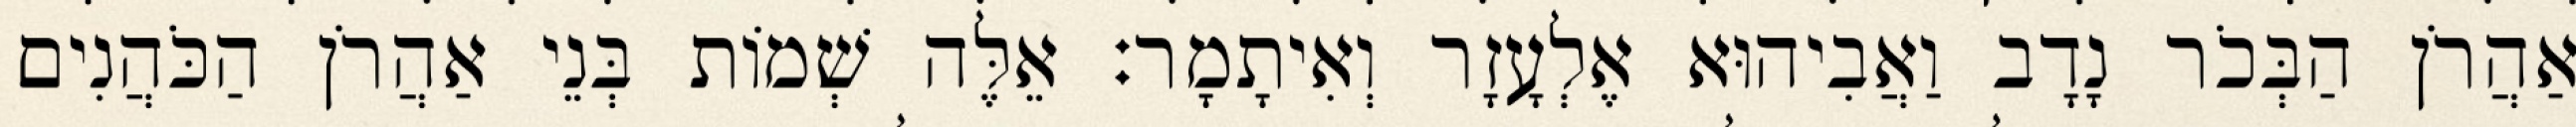
אַהֲרֹן הַבְּכֹר נָדָב וַאֲבִיהוּא אֶלְעָזָר וְאִיתָמָר׃ אֵלֶּה שְׁמוֹת בְּנֵי אַהֲרֹן הַכֹּהֲנִים